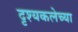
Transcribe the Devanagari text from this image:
दृश्यकलेच्या